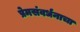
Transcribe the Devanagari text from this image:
प्रेमसंवर्धनाचा